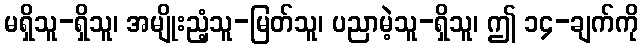
မရှိသူ-ရှိသူ၊ အမျိုးညံ့သူ-မြတ်သူ၊ ပညာမဲ့သူ-ရှိသူ၊ ဤ ၁၄-ချက်ကို